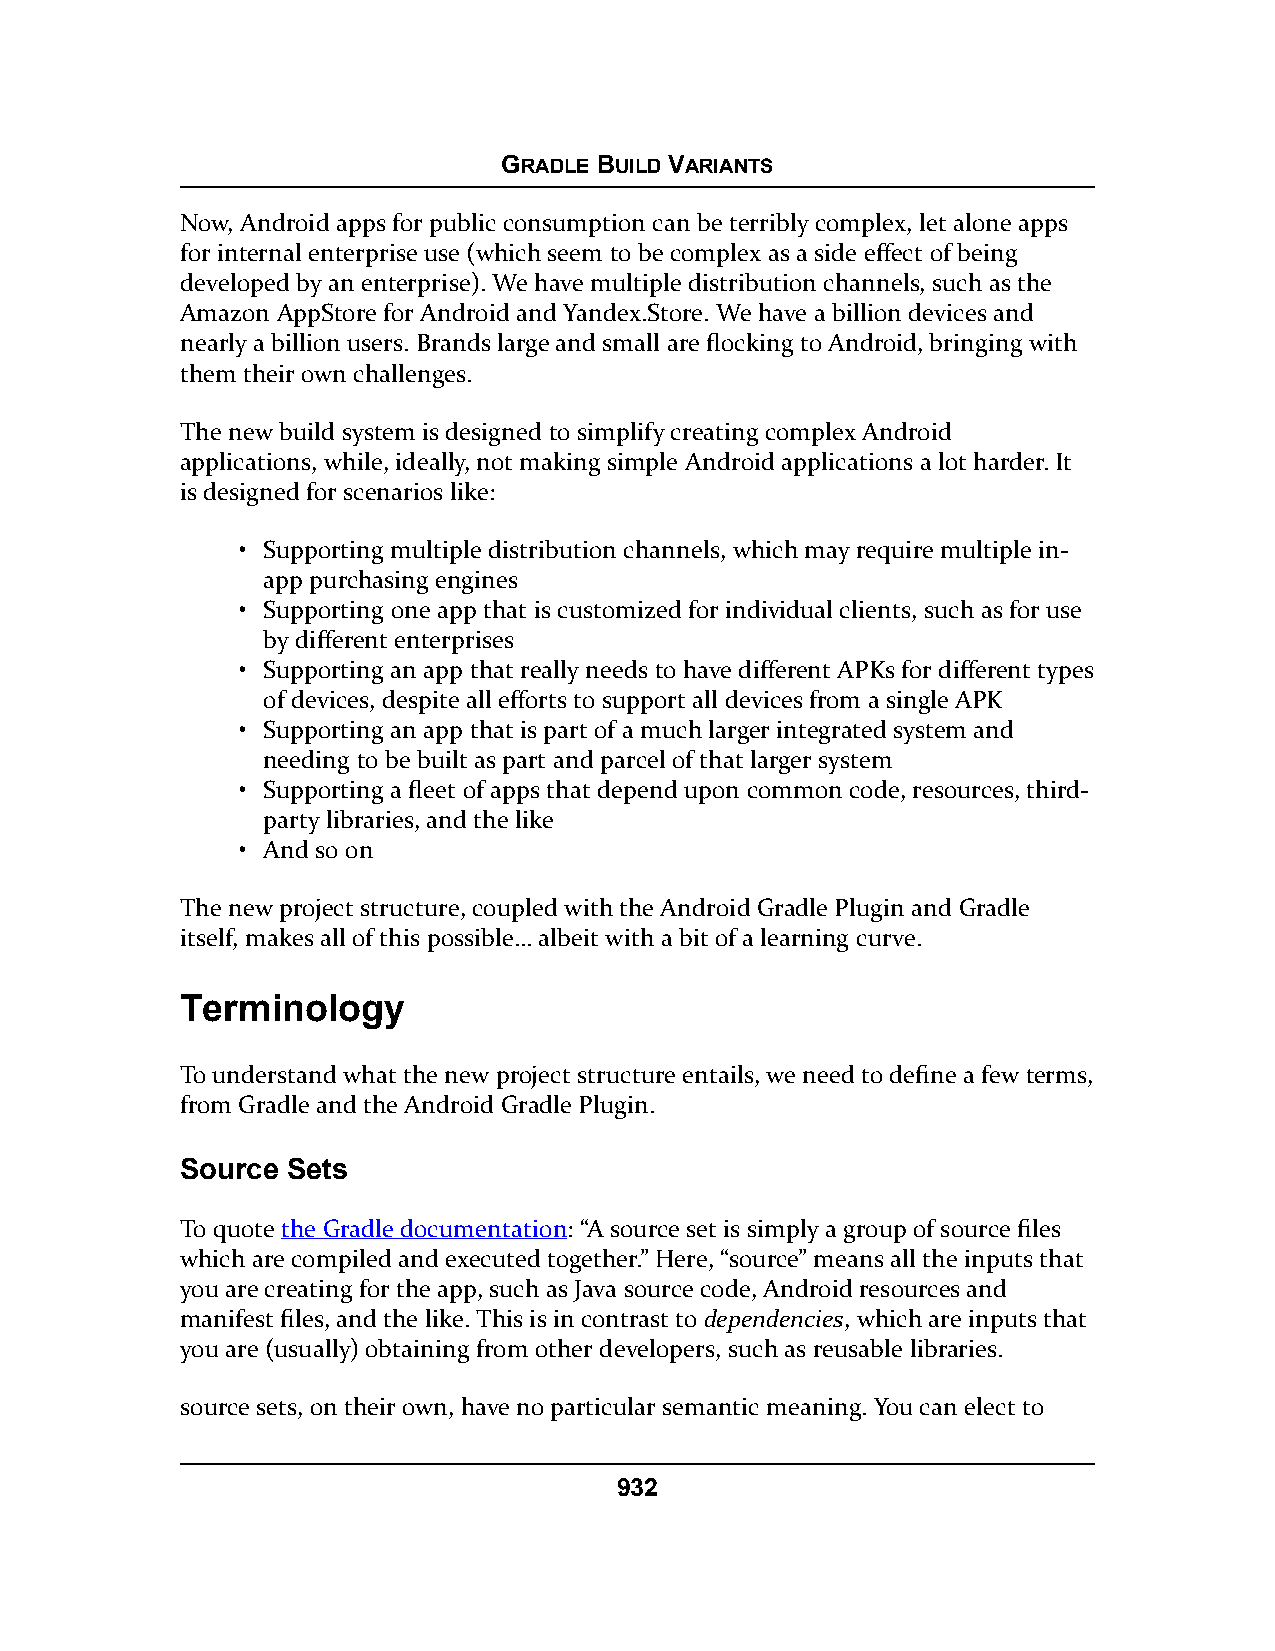
GRADLE BUILD VARIANTS
 Now, Android apps for public consumption can be terribly complex, let alone apps
 for internal enterprise use (which seem to be complex as a side effect of being
 developed by an enterprise). We have multiple distribution channels, such as the
 Amazon AppStore for Android and Yandex.Store. We have a billion devices and
 nearly a billion users. Brands large and small are flocking to Android, bringing with
 them their own challenges.
 The new build system is designed to simplify creating complex Android
 applications, while, ideally, not making simple Android applications a lot harder. It
 is designed for scenarios like:
 • Supporting multiple distribution channels, which may require multiple in-
 app purchasing engines
 • Supporting one app that is customized for individual clients, such as for use
 by different enterprises
 • Supporting an app that really needs to have different APKs for different types
 of devices, despite all efforts to support all devices from a single APK
 • Supporting an app that is part of a much larger integrated system and
 needing to be built as part and parcel of that larger system
 • Supporting a fleet of apps that depend upon common code, resources, third-
 party libraries, and the like
 • And so on
 The new project structure, coupled with the Android Gradle Plugin and Gradle
 itself, makes all of this possible… albeit with a bit of a learning curve.
 Terminology
 To understand what the new project structure entails, we need to define a few terms,
 from Gradle and the Android Gradle Plugin.
 Source Sets
 To quote the Gradle documentation: “A source set is simply a group of source files
 which are compiled and executed together.” Here, “source” means all the inputs that
 you are creating for the app, such as Java source code, Android resources and
 manifest files, and the like. This is in contrast to dependencies, which are inputs that
 you are (usually) obtaining from other developers, such as reusable libraries.
 source sets, on their own, have no particular semantic meaning. You can elect to
 932